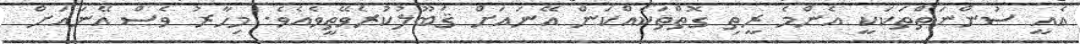
އެއީ ސުންނަތްތަކަކީ އެންމެ ރީތި ގޮތްތަކެއްކަން އޭނައަށް ޤަބޫލުކުރެވޭތީވެއެވެ. މިހާރު ވެސް އޭނައަށް